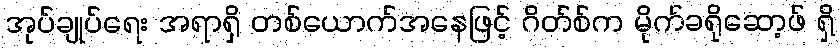
အုပ်ချုပ်ရေး အရာရှိ တစ်ယောက်အနေဖြင့် ဂိတ်စ်က မိုက်ခရိုဆော့ဖ် ရှိ